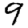
Digit: 9